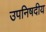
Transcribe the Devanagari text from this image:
उपनिषदीय